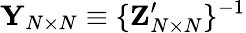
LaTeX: {\mathbf{Y}}_{N\times N}\equiv\{ {\mathbf Z}_{N\times N}^{\prime}\} ^{-1}